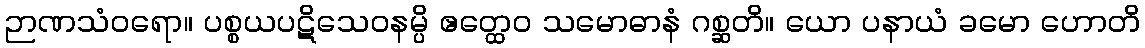
ဉာဏသံဝရော။ ပစ္စယပဋိသေဝနမ္ပိ ဧတ္ထေဝ သမောဓာနံ ဂစ္ဆတိ။ ယော ပနာယံ ခမော ဟောတိ